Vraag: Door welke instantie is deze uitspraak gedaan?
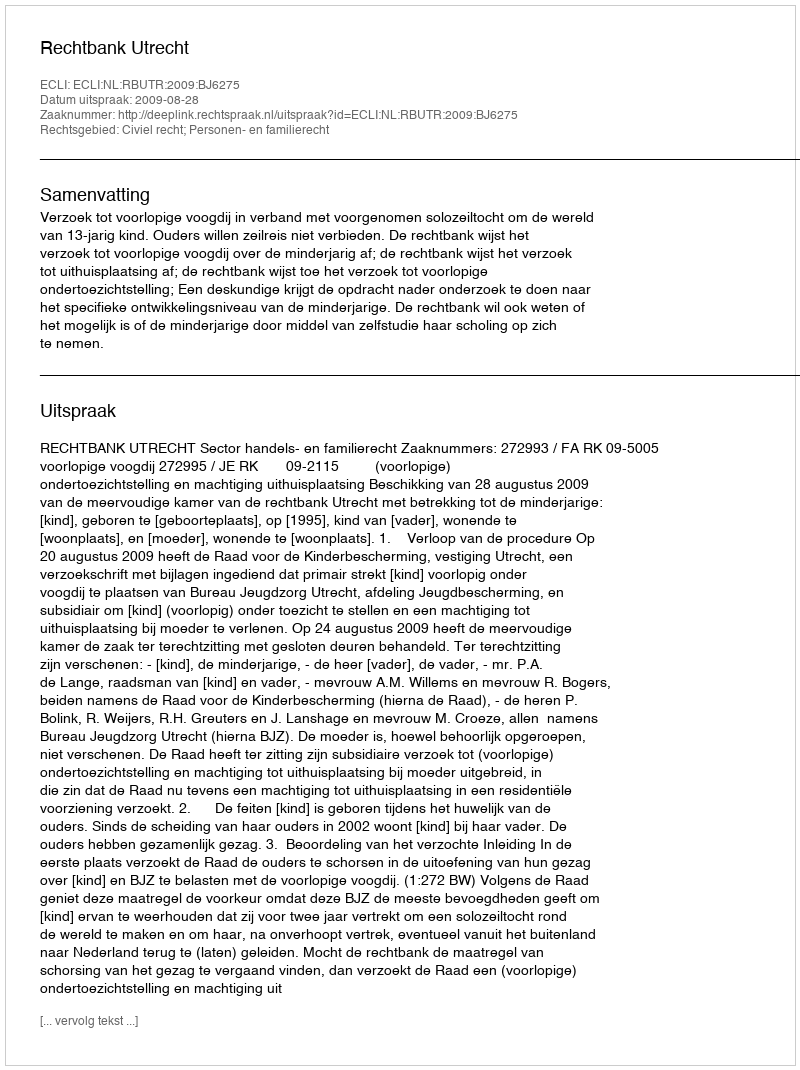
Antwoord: Rechtbank Utrecht